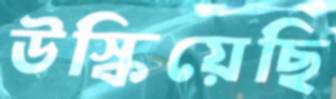
উস্‌কিয়েছি